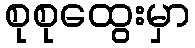
စုစုထွေးမှာ